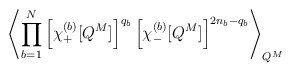
\begin{align*}\left\langle \prod_{b=1}^N\left[\chi^{(b)}_+ [ Q^M ] \right]^{q_b}\left[\chi^{(b)}_- [ Q^M ] \right]^{2n_b-q_b}\right\rangle_{Q^M} \;\end{align*}